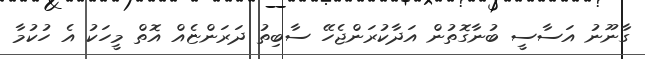
ގާނޫނު އަސާސީ ބުނާގޮތުން އަދާކުރަންޖެހޭ ސާބިތު ދަރަންޏެއް އޮތް މީހަކު އެ ހުކުމާ